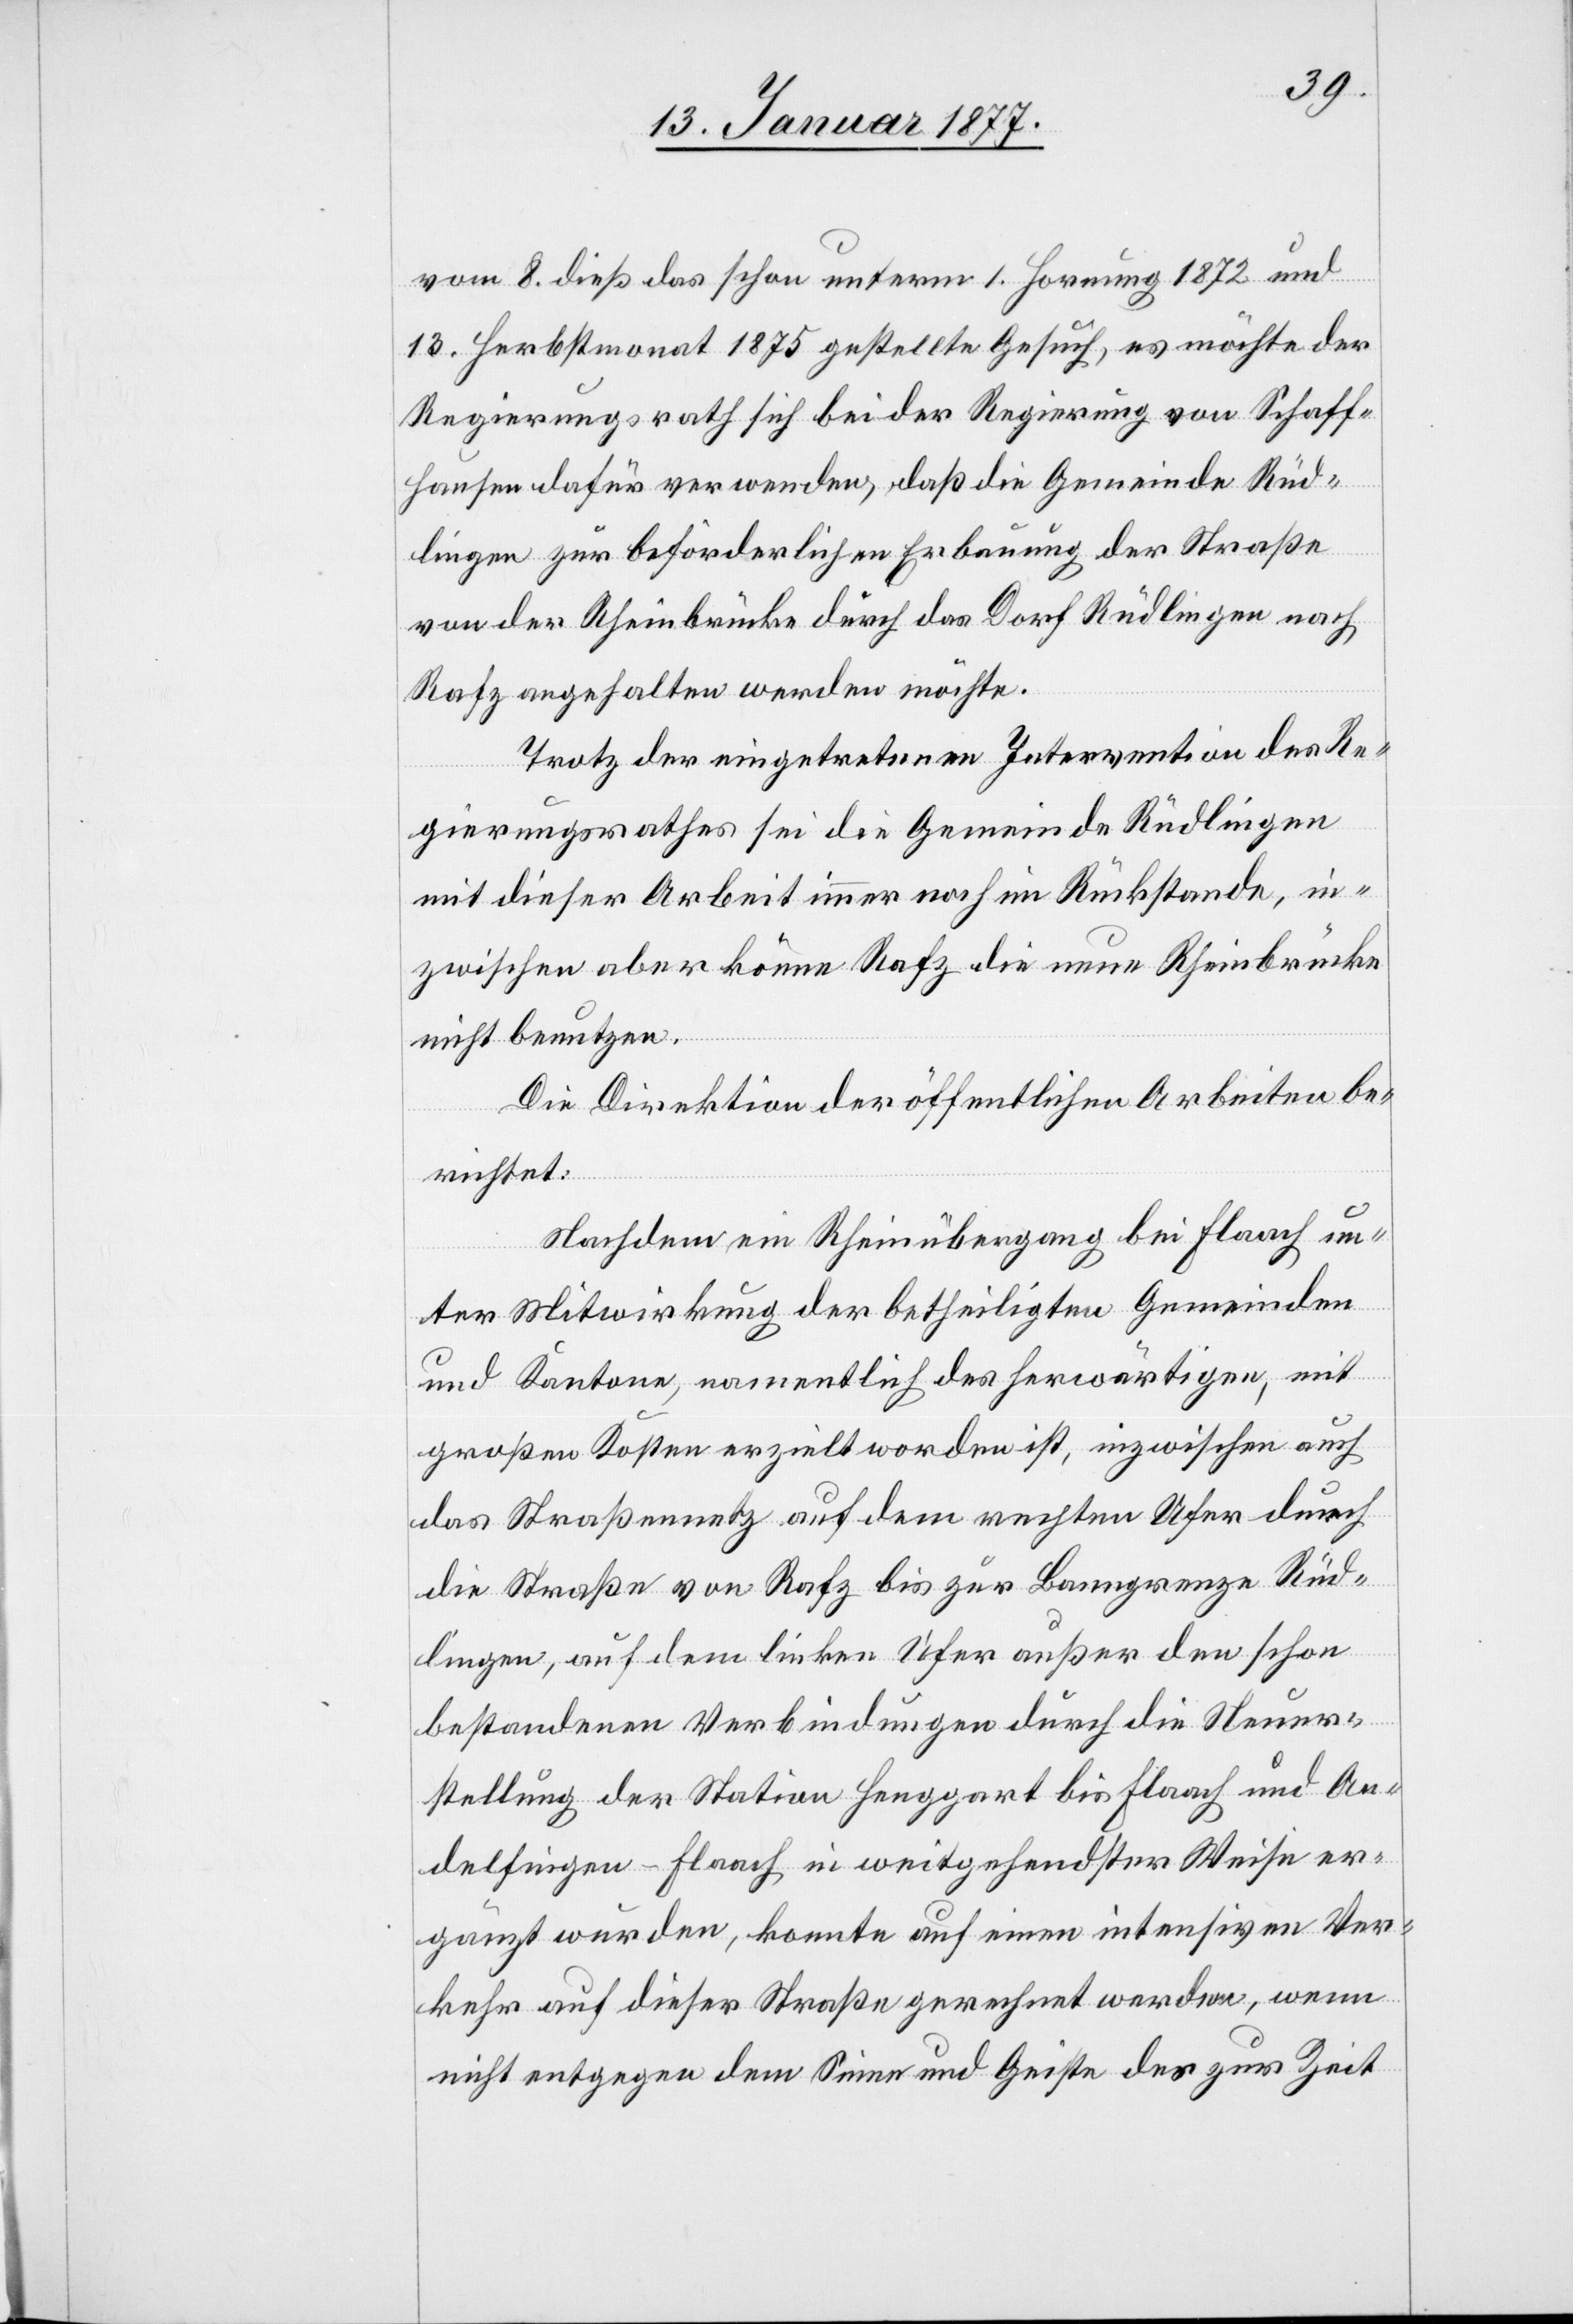
vom 8. dieß das schon unterm 1. Hornung 1872 und
13. Herbstmonat 1875 gestellte Gesuch, es möchte der
Regierungsrath sich bei der Regierung von Schaff¬
hausen dafür verwenden, daß die Gemeinde Rüd¬
lingen zur beförderlichen Erbauung der Straße
von der Rheinbrücke durch das Dorf Rüdlingen nach
Rafz angehalten werden möchte.
Trotz der eingetretenen Intervention des Re¬
gierungsrathes sei die Gemeinde Rüdlingen
mit dieser Arbeit immer noch im Rückstande, in¬
zwischen aber könne Rafz die neue Rheinbrücke
nicht benutzen.
Die Direktion der öffentlichen Arbeiten be¬
richtet:
Nachdem ein Rheinübergang bei Flaach un¬
ter Mitwirkung der betheiligten Gemeinden
und Kantone, namentlich des herwärtigen, mit
großen Kosten erzielt worden ist, inzwischen auch
das Straßennetz auf dem rechten Ufer durch
die Straße von Rafz bis zur Banngrenze Rüd¬
lingen, auf dem linken Ufer außer den schon
bestandenen Verbindungen durch die Neuer¬
stellung der Station Henggart bis Flaach und An¬
delfingen–Flaach in weitgehendster Weise er¬
gänzt wurden, konnte auf einen intensiven Ver¬
kehr auf dieser Straße gerechnet werden, wenn
nicht entgegen dem Sinne und Geiste des zur Zeit